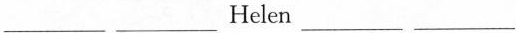
___ ___Helen ___ ___